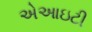
એઆઇટી